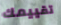
تقييمك